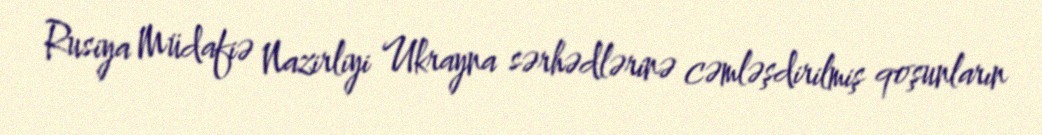
Rusiya Müdafiə Nazirliyi Ukrayna sərhədlərinə cəmləşdirilmiş qoşunların